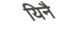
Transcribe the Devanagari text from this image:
यिनै